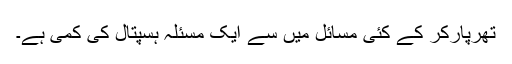
تھرپارکر کے کئی مسائل میں سے ایک مسئلہ ہسپتال کی کمی ہے۔